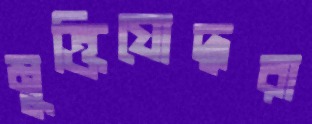
মুক্তিযোদ্ধরা